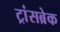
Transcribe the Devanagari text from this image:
ट्रांसब्रेक